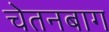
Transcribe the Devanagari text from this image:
चेतनबाग